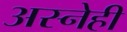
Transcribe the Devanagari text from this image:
अस्नेही